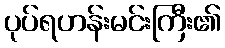
ပုပ်ရဟန်းမင်းကြီး၏